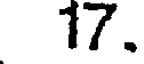
17.